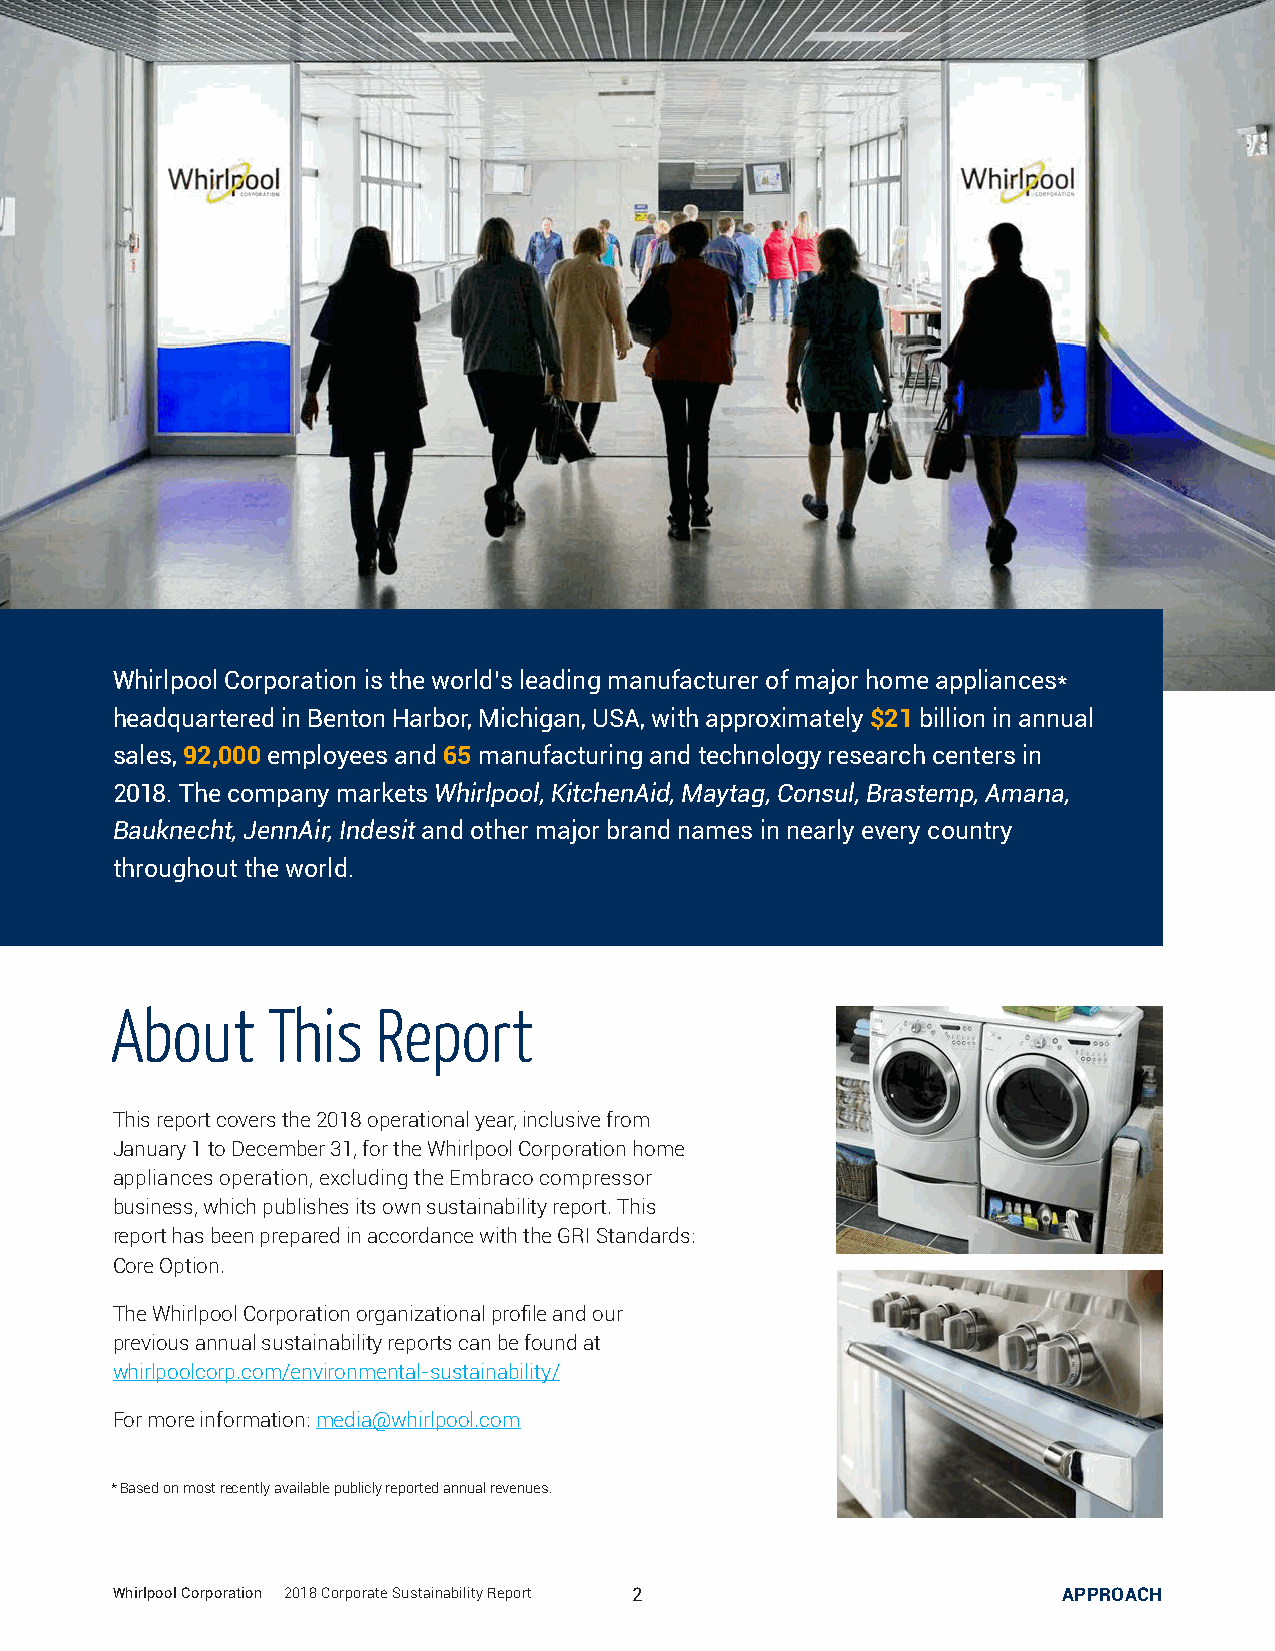
Whirlpool Corporation is the world’s leading manufacturer of major home appliances*
 headquartered in Benton Harbor, Michigan, USA, with approximately $21 billion in annual
 sales, 92,000 employees and 65 manufacturing and technology research centers in
 2018. The company markets Whirlpool, KitchenAid, Maytag, Consul, Brastemp, Amana,
 Bauknecht, JennAir, Indesit and other major brand names in nearly every country
 throughout the world.
 About      This   Report
 This report covers the 2018 operational year, inclusive from
 January 1 to December 31, for the Whirlpool Corporation home
 appliances operation, excluding the Embraco compressor
 business, which publishes its own sustainability report. This
 report has been prepared in accordance with the GRI Standards:
 Core Option.
 The Whirlpool Corporation organizational profile and our
 previous annual sustainability reports can be found at
 whirlpoolcorp.com/environmental-sustainability/
 For more information: media@whirlpool.com
 * Based on most recently available publicly reported annual revenues.
 Whirlpool Corporation | 2018 Corporate Sustainability Report 2 APPROACH